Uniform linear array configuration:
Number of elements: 8
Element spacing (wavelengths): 1
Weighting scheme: hann
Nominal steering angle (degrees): -30
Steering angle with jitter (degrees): -29.378
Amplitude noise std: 0.05
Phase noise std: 0.05

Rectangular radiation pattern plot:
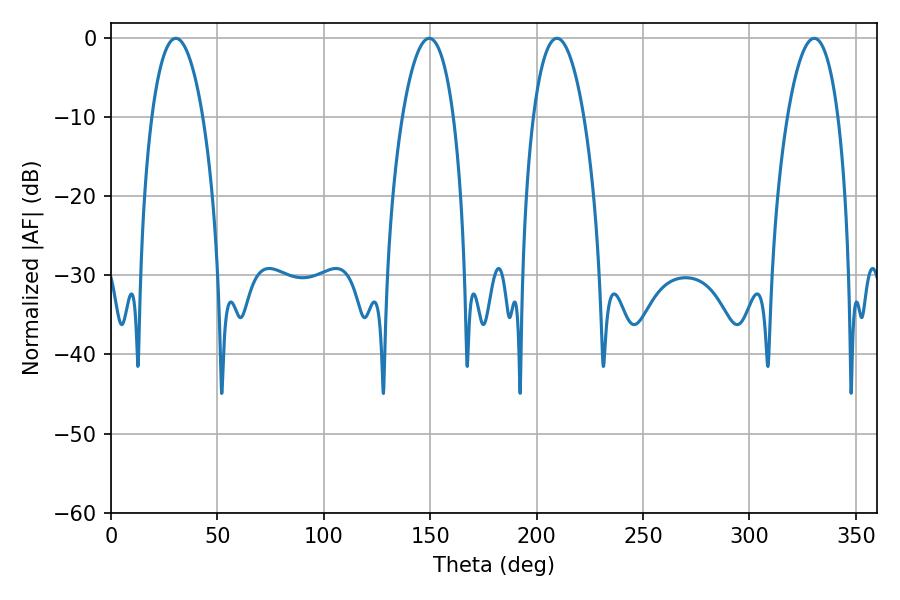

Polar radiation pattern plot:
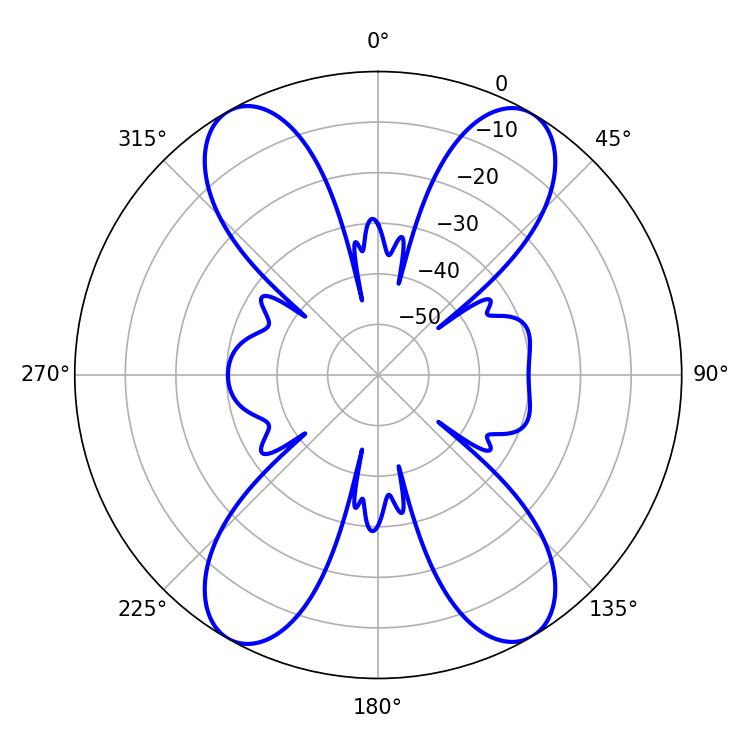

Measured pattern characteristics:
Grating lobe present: TRUE
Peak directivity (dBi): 23.502
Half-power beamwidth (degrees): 13.5
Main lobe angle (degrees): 209.52